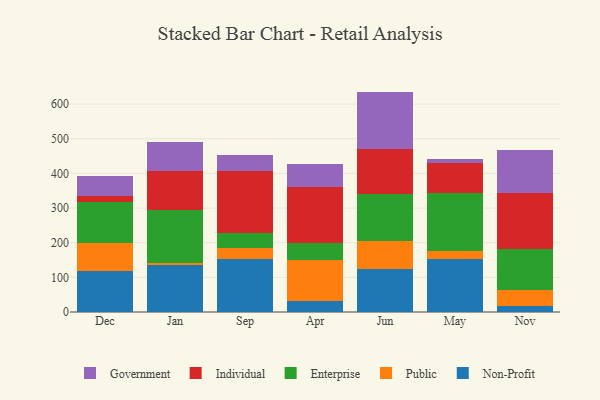
{"axis": {"x": "Month", "y": "Market Share (%)"}, "legend": ["Enterprise", "Government", "Individual", "Non-Profit", "Public"], "data": [{"x": "Dec", "y": 116.9, "type": "Non-Profit"}, {"x": "Dec", "y": 83.6, "type": "Public"}, {"x": "Dec", "y": 117.9, "type": "Enterprise"}, {"x": "Dec", "y": 15.5, "type": "Individual"}, {"x": "Dec", "y": 58.0, "type": "Government"}, {"x": "Jan", "y": 134.9, "type": "Non-Profit"}, {"x": "Jan", "y": 5.6, "type": "Public"}, {"x": "Jan", "y": 154.0, "type": "Enterprise"}, {"x": "Jan", "y": 111.8, "type": "Individual"}, {"x": "Jan", "y": 84.2, "type": "Government"}, {"x": "Sep", "y": 152.3, "type": "Non-Profit"}, {"x": "Sep", "y": 32.8, "type": "Public"}, {"x": "Sep", "y": 44.2, "type": "Enterprise"}, {"x": "Sep", "y": 178.0, "type": "Individual"}, {"x": "Sep", "y": 46.5, "type": "Government"}, {"x": "Apr", "y": 32.5, "type": "Non-Profit"}, {"x": "Apr", "y": 117.5, "type": "Public"}, {"x": "Apr", "y": 47.8, "type": "Enterprise"}, {"x": "Apr", "y": 162.6, "type": "Individual"}, {"x": "Apr", "y": 67.0, "type": "Government"}, {"x": "Jun", "y": 122.9, "type": "Non-Profit"}, {"x": "Jun", "y": 82.3, "type": "Public"}, {"x": "Jun", "y": 134.3, "type": "Enterprise"}, {"x": "Jun", "y": 130.2, "type": "Individual"}, {"x": "Jun", "y": 166.3, "type": "Government"}, {"x": "May", "y": 152.8, "type": "Non-Profit"}, {"x": "May", "y": 23.9, "type": "Public"}, {"x": "May", "y": 167.7, "type": "Enterprise"}, {"x": "May", "y": 85.3, "type": "Individual"}, {"x": "May", "y": 12.3, "type": "Government"}, {"x": "Nov", "y": 18.7, "type": "Non-Profit"}, {"x": "Nov", "y": 43.7, "type": "Public"}, {"x": "Nov", "y": 118.7, "type": "Enterprise"}, {"x": "Nov", "y": 162.6, "type": "Individual"}, {"x": "Nov", "y": 123.1, "type": "Government"}]}